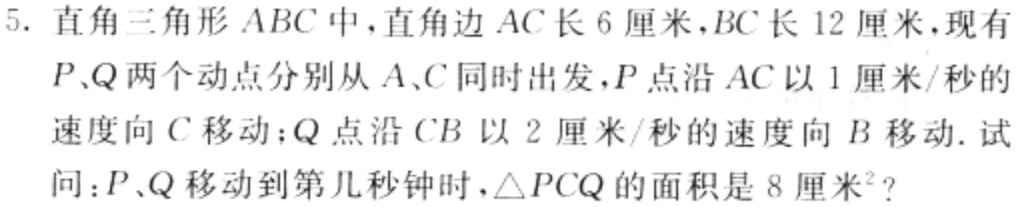
5. 直角三角形 \(ABC\) 中，直角边 \(AC\) 长 \(6\) 厘米，\(BC\) 长 \(12\) 厘米，现有 \(P、Q\) 两个动点分别从 \(A、C\) 同时出发，\(P\) 点沿 \(AC\) 以 \(1\) 厘米/秒的速度向 \(C\) 移动；\(Q\) 点沿 \(CB\) 以 \(2\) 厘米/秒的速度向 \(B\) 移动. 试问：\(P、Q\) 移动到第几秒钟时，\(\triangle PCQ\) 的面积是 \(8\) 厘米\(^{2}\)？